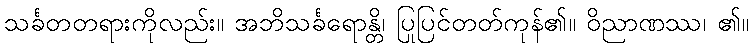
သင်္ခတတရားကိုလည်း။ အဘိသင်္ခရောန္တိ၊ ပြုပြင်တတ်ကုန်၏။ ဝိညာဏဿ၊ ၏။